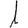
Digit: 1